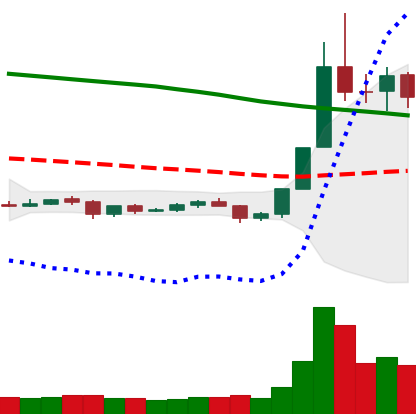
Ticker: NEO-USD
Chart end date: 2019-10-31
Forward return: 5.288%
Label: up_5_7